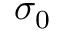
\sigma _ { 0 }